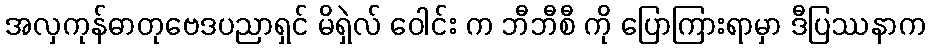
အလှကုန်ဓာတုဗေဒပညာရှင် မိရှဲလ် ဝေါင်း က ဘီဘီစီ ကို ပြောကြားရာမှာ ဒီပြဿနာက